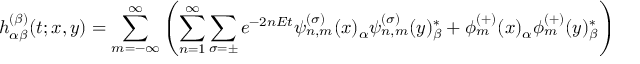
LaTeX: h _ { \alpha \beta } ^ { ( \beta ) } ( t ; x , y ) = \sum _ { m = - \infty } ^ { \infty } \left( \sum _ { n = 1 } ^ { \infty } \sum _ { \sigma = \pm } e ^ { - 2 n E t } { \psi _ { n , m } ^ { ( \sigma ) } ( x ) _ { \alpha } { \psi } _ { n , m } ^ { ( \sigma ) } ( y ) _ { \beta } ^ { * } } + \phi _ { m } ^ { ( + ) } ( x ) _ { \alpha } \phi _ { m } ^ { ( + ) } ( y ) _ { \beta } ^ { * } \right)